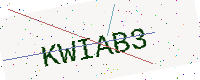
Text: KWIAB3